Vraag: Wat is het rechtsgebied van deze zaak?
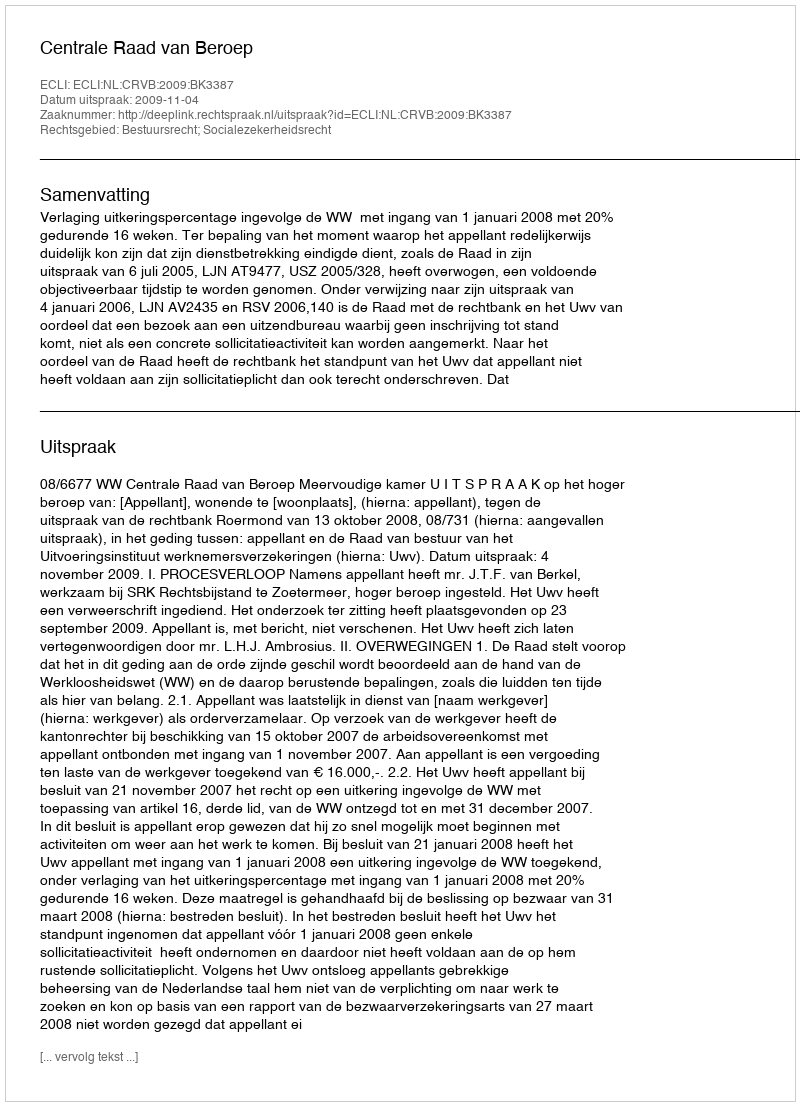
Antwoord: Bestuursrecht; Socialezekerheidsrecht